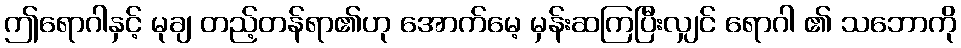
ဤရောဂါနှင့် မုချ တည့်တန်ရာ၏ဟု အောက်မေ့ မှန်းဆကြပြီးလျှင် ရောဂါ ၏ သဘောကို